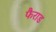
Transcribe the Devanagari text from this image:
फैराड